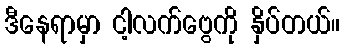
ဒီနေရာမှာ ငါ့လက်ဗွေကို နှိပ်တယ်။